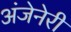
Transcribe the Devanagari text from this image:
अंजेनेरी